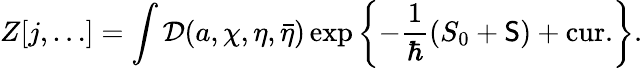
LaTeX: Z[j,\ldots]=\int{\cal D}(a,\chi,\eta,\bar{\eta})\exp\left\{ -\frac{1}{\hbar}\left(S_{0}+{\sf S}\right)+\mathrm{cur.}\right\} .